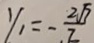
y _ { 1 } = - \frac { 2 \sqrt { 7 } } { 7 }